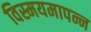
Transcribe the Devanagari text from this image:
विस्मयमापन्न